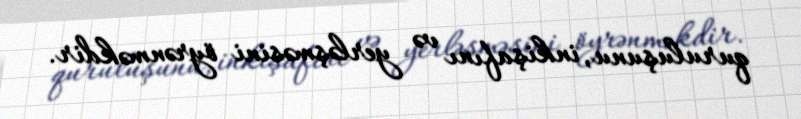
quruluşunu, inkişafını və yerləşməsini öyrənməkdir.